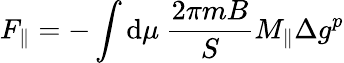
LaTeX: F_{\parallel}=-\int\mathrm{d}\mu\: \frac{2\pi mB}{S}M_{\parallel}\Delta g^{p}